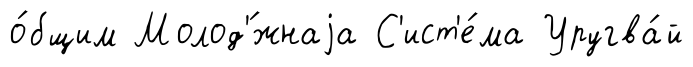
о́бщим Молод'́жнаjа С'ист'е́ма Уругва́й